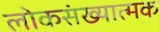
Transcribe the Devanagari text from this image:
लोकसंख्यात्मक